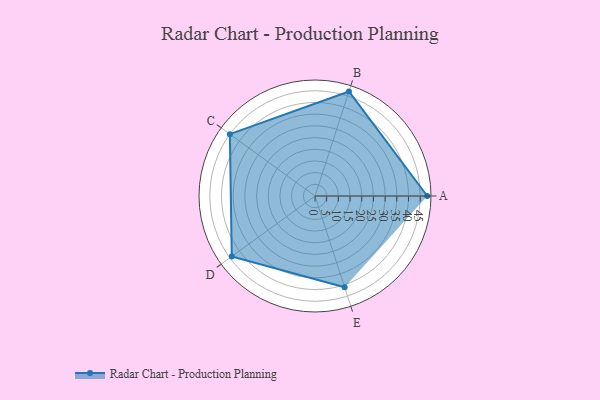
{"axis": {"x": "Skill", "y": "Score"}, "legend": ["Profile"], "data": [{"x": "A", "y": 48.0, "type": "Profile"}, {"x": "B", "y": 47.0, "type": "Profile"}, {"x": "C", "y": 45.0, "type": "Profile"}, {"x": "D", "y": 44.0, "type": "Profile"}, {"x": "E", "y": 41.0, "type": "Profile"}]}